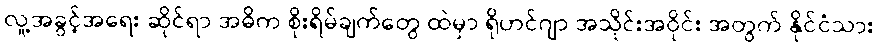
လူ့အခွင့်အရေး ဆိုင်ရာ အဓိက စိုးရိမ်ချက်တွေ ထဲမှာ ရိုဟင်ဂျာ အသိုင်းအဝိုင်း အတွက် နိုင်ငံသား